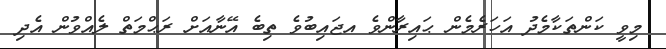
މިވީ ކަންތަކާމެދު އަހަރެމެން ޙައިރާންވެ އޖައިބުވެ ތިބެ އޭނާއަށް ރަޙްމަތް ލެއްވުން އެދި